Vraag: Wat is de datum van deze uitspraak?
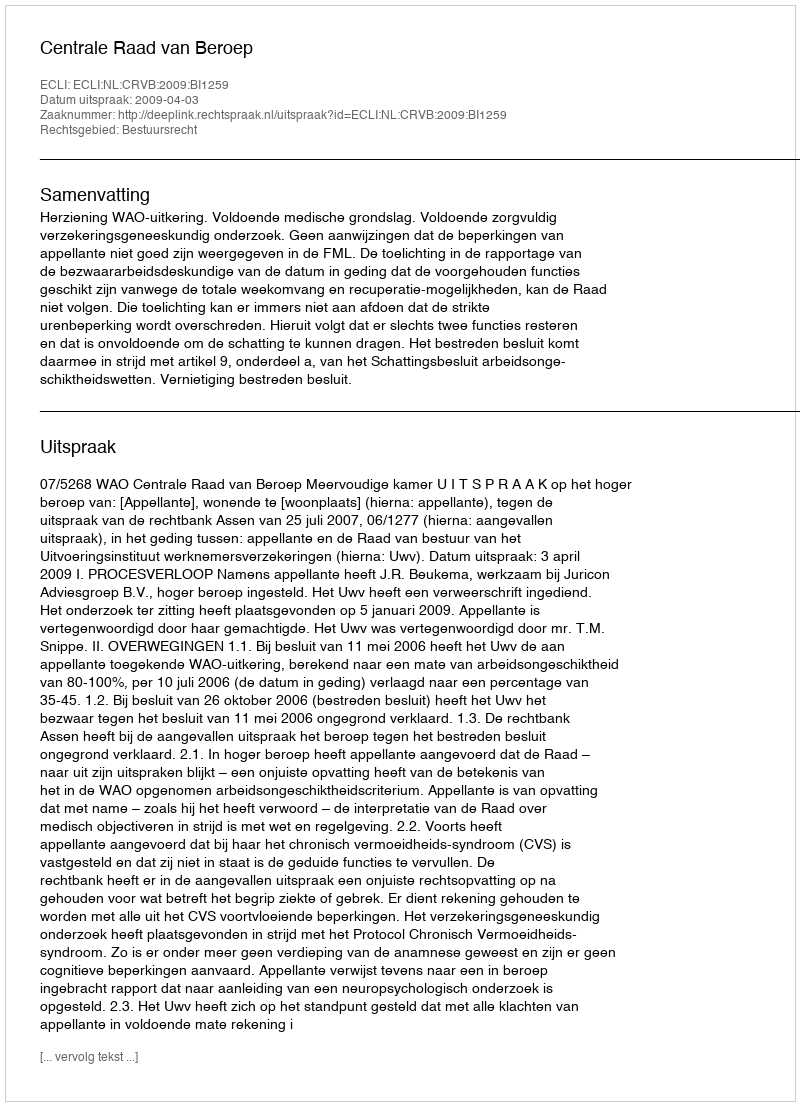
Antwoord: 2009-04-03